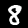
Label: 8